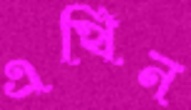
এথিন